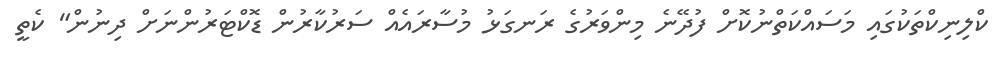
ކްލިނިކްތަކުގައި މަސައްކަތްނުކޮށް ފުދޭނެ މިންވަރުގެ ރަނގަޅު މުސާރައެއް ސަރުކާރުން ޑޮކްޓަރުންނަށް ދިނުން" ކެތީ